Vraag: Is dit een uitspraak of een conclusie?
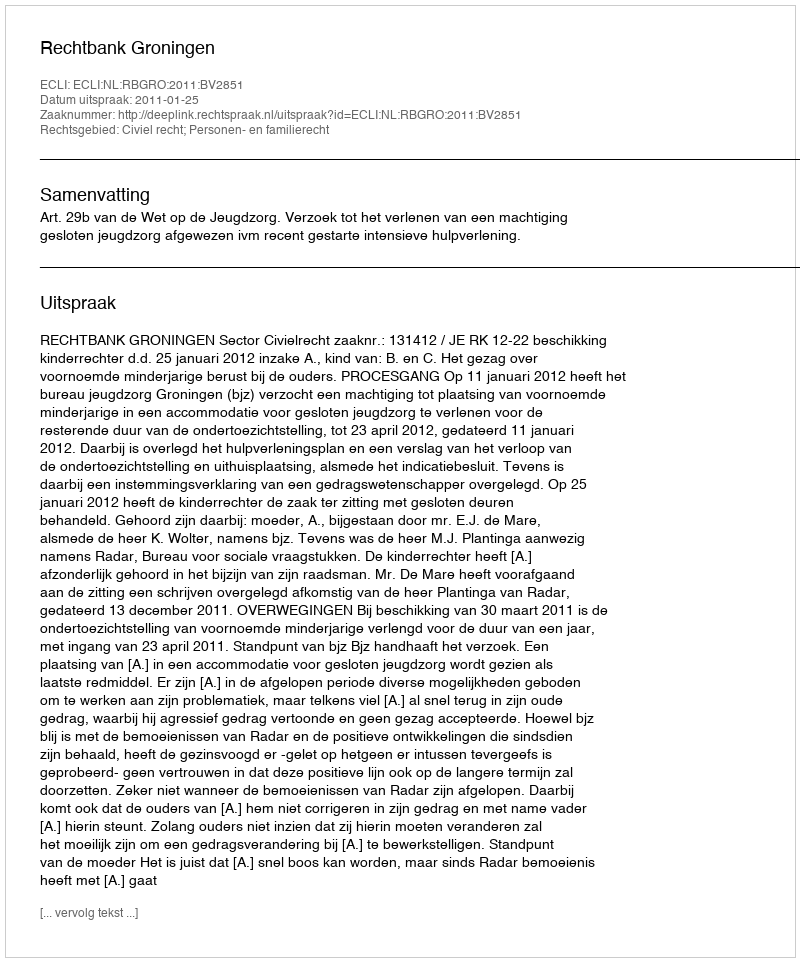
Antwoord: Uitspraak